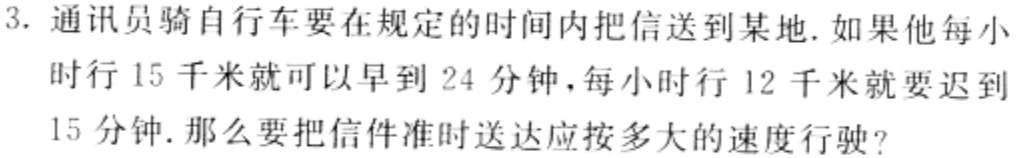
3. 通讯员骑自行车要在规定的时间内把信送到某地. 如果他每小
时行 15 千米就可以早到 24 分钟，每小时行 12 千米就要迟到
15 分钟. 那么要把信件准时送达应按多大的速度行驶?